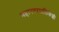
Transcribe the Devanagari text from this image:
महानगरपालिकेशी